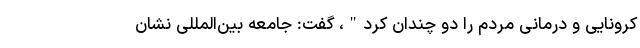
کرونایی و درمانی مردم را دو چندان کرد"، گفت: جامعه بین‌المللی نشان